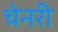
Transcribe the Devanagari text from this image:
चेनरी